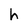
Character: h